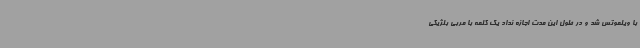
با ویلموتس شد و در طول این مدت اجازه نداد یک کلمه با مربی بلژیکی